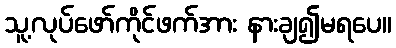
သူ့လုပ်ဖော်ကိုင်ဖက်အား နားချ၍မရပေ။